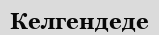
Келгендеде